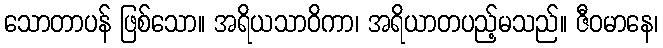
သောတာပန် ဖြစ်သော။ အရိယသာဝိကာ၊ အရိယာတပည့်မသည်။ ဇီဝမာနေ၊